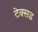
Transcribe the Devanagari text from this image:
टेक्सड